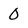
Character: O